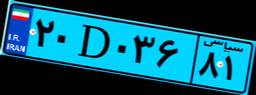
۱۸D۰۹۱۹۲